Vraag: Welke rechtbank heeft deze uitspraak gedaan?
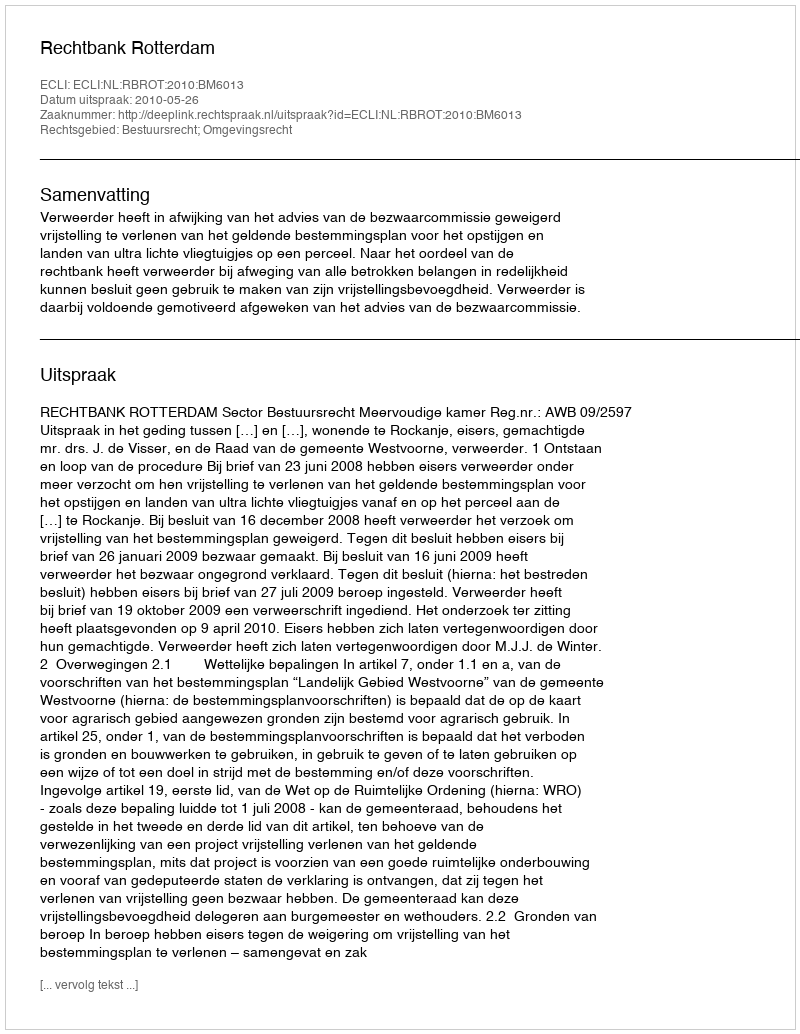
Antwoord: Rechtbank Rotterdam